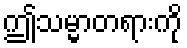
ဤသမ္မာတရားကို